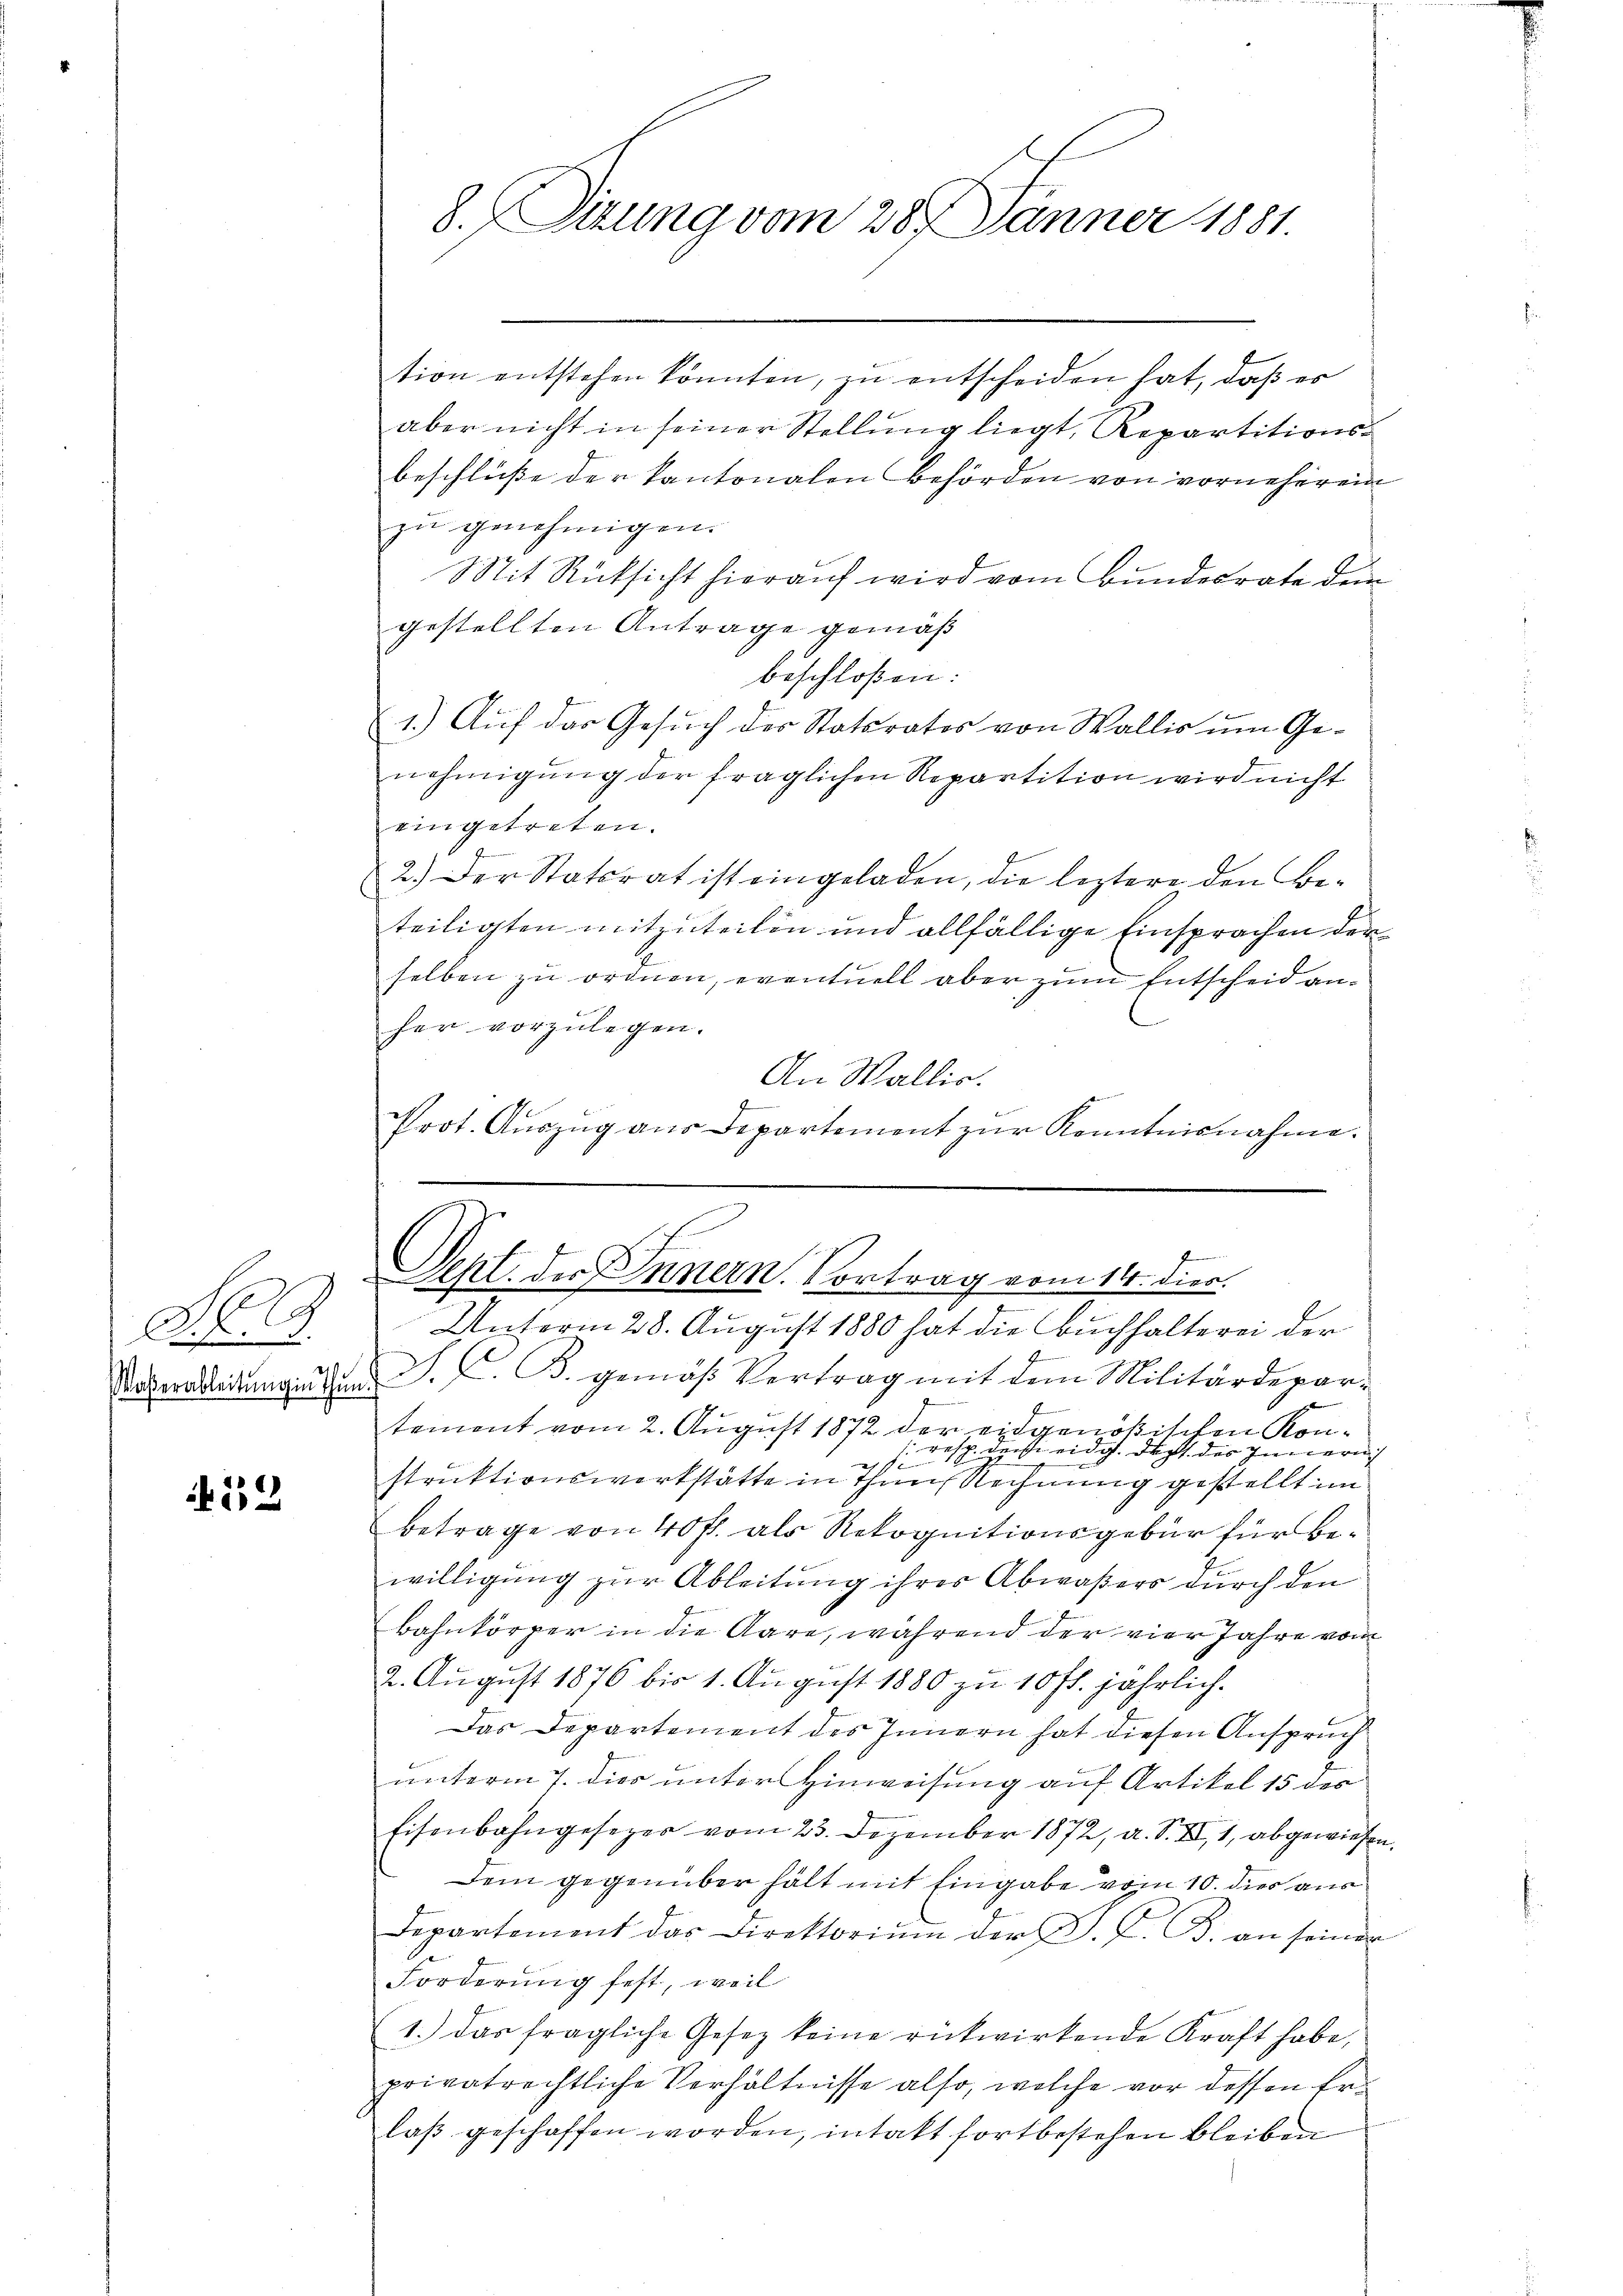
No. 19.

2

tion entstehen könnten, zu entscheiden hat, daß er
aber nicht in seiner Stellung liegt, Repartitionsbeschlüße der kantonalen Behörden von vorneherei
zu genehmigen.
Mit Rücksicht hierauf wird vom Bundesrate dem
gestellten Antrage gemäß
beschloßen:
1.) Auf das Gesuch der Statsrates von Wallis um Genehmigŭng der fraglichen Repartition wird nicht
eingetreten.
2.) Der Statorat ist eingeladen, die leztere den Beteiligten mitzuteilen und allfällige Einsprachen der
selben zu ordnen, eventuell aber zum Entscheid anher vorzulegen.
An Wallis.
Prot. Auszug aus Departement zur Kenntnisnahme.

8. Sitzung vom 28. Jänner 1881.

J
Seht. der Innern. Vortrag vom 14. dies

Unterm 28. August 1880 hat die Buchhalterei der
Vaterleidungen den S. C. B. gemäß Vertrag mit dem Militärdepartement vom 2. August 1872 der eidgenößischen Kon¬
: resp. ders eidg. dacht des Innern
.
struktionswerkstätte in ihm Rechnung gestellt im
Betrage von 40 fl. als Rekognitionsgebür für Bewilligung zur Ableitung ihres Abwaßers durch den
Bahnkörper in die Aare, während der vier Jahre vom
2. August 1876 bis 1. August 1880 zu 10 fl. jährlich.
Das Departement des Innern hat diesen Anspruch
unterm 7. dies unter Hinweisung auf Artikel 15 des
Eisenbahngesezer vom 23. Dezember 1872, a. S. XII, 1, abgewiesen.
Dem gegenüber hält mit Eingabe vom 10. dies aus
Departement das Direktorium der D. G. B. an seiner
Forderung fest, weil
1.) Das fragliche Gesetz keine rückwirkende Kraft habe,
privatrechtliche Verhältnisse also, welche vor dessen Erlaß geschaffen worden, intakt fortbestehen bleiben